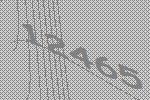
12465